Lunatic asylums Central Provinces reports 1895-1909 - 1895-1909
Year: 1895
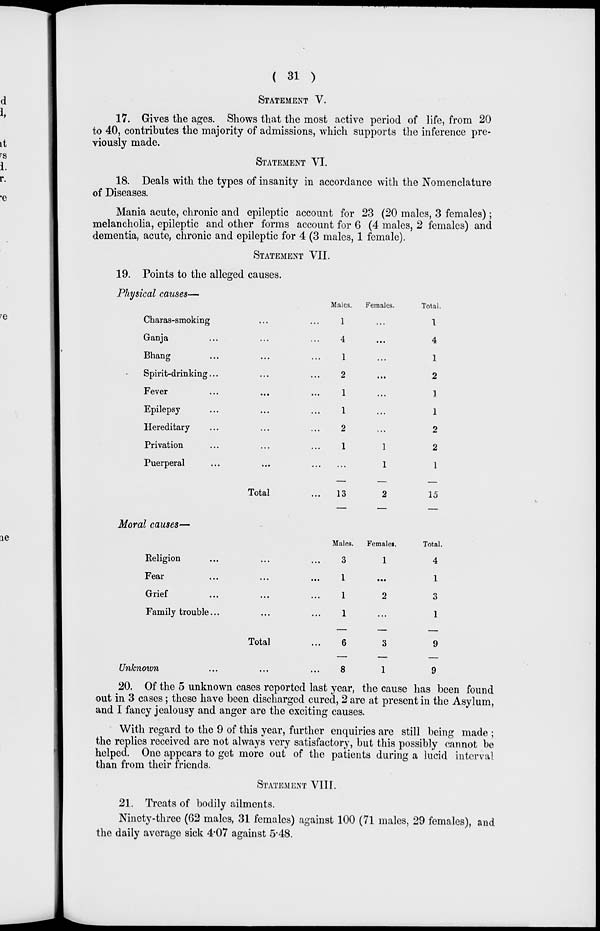
( 31 )
STATEMENT V.
17. Gives the ages. Shows that the most active period of life, from 20
to 40, contributes the majority of admissions, which supports the inference pre-
viously made.
STATEMENT VI.
18. Deals with the types of insanity in accordance with the Nomenclature
of Diseases.
Mania acute, chronic and epileptic account for 23 (20 males, 3 females);
melancholia, epileptic and other forms account for 6 (4 males, 2 females) and
dementia, acute, chronic and epileptic for 4 (3 males, 1 female).
STATEMENT VII.
19. Points to the alleged causes.
Physical causes—
Charas-smoking ... ...
Ganja ... ... ...
Bhang ... ... ...
Spirit-drinking . . . . . . ...
Fever ... ... ...
Epilepsy ... ... ...
Hereditary ... ... ...
Privation ... ... ...
Puerperal ... ... ...
Total ...
Males.
1
4
1
2
1
1
2
1
...
13
Females.
...
...
...
...
...
...
...
1
1
2
Total.
1
4
1
2
1
1
2
2
1
15
Moral causes—
Religion ... ... ...
Fear ... ... ...
Grief ... ... ...
Family trouble . . . . . . ...
Total ...
Unknown ... ... ...
Males.
3
1
1
1
6
8
Females.
1
...
2
...
3
1
Total.
4
1
3
1
9
9
20. Of the 5 unknown cases reported last year, the cause has been found
out in 3 cases ; these have been discharged cured, 2 are at present in the Asylum,
and I fancy jealousy and anger are the exciting causes.
With regard to the 9 of this year, further enquiries are still being made ;
the replies received are not always very satisfactory, but this possibly cannot be
helped. One appears to get more out of the patients during a lucid interval
than from their friends.
STATEMENT VIII.
21. Treats of bodily ailments.
Ninety-three (62 males, 31 females) against 100 (71 males, 29 females), and
the daily average sick 4.07 against 5.48.